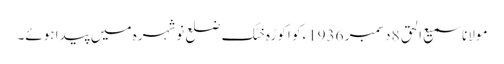
مولانا سمیع الحق 8 دسمبر 1936ء کو اکوڑہ خٹک ضلع نوشہرہ میں پیدا ہوئے۔